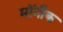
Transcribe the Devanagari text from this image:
मॉनीक